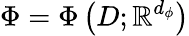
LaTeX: \Phi=\Phi\left(D;\mathbb{R}^{d_{\phi}}\right)